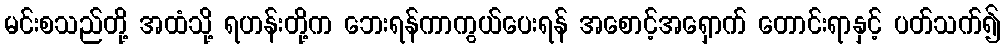
မင်းစသည်တို့ အထံသို့ ရဟန်းတို့က ဘေးရန်ကာကွယ်ပေးရန် အစောင့်အရှောက် တောင်းရာနှင့် ပတ်သက်၍